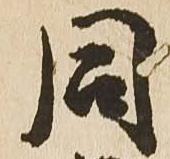
同